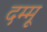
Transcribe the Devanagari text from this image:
दम्मू